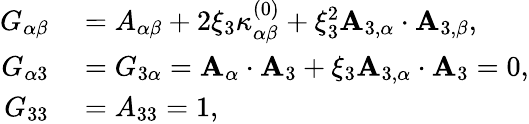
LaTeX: \begin{array}{rl}{{G}_{\alpha\beta}}&{{}={A}_{\alpha\beta}+2\xi_{3}{\kappa}_{\alpha\beta}^{(0)}+\xi_{3}^{2}{\mathbf{A}}_{3,\alpha}\cdot{\mathbf{A}}_{3,\beta},}\\ {{G}_{\alpha 3}}&{{}={G}_{3\alpha}={\mathbf{A}}_{\alpha}\cdot{\mathbf{A}}_{3}+\xi_{3}{\mathbf{A}}_{3,\alpha}\cdot{\mathbf{A}}_{3}=0,}\\ {{G}_{33}}&{{}={A}_{33}=1,}\end{array}